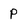
Character: P